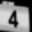
Digit: 4